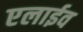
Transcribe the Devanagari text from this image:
एलाईव